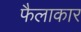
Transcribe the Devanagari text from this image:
फैलाकार